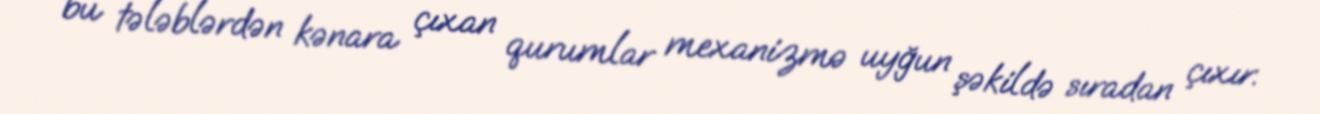
bu tələblərdən kənara çıxan qurumlar mexanizmə uyğun şəkildə sıradan çıxır.